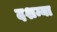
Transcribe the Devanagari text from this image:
दशम्या